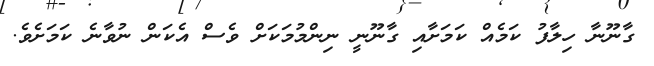
ގާނޫނާ ހިލާފު ކަމެއް ކަމަށާއި ގާނޫނީ ނިންމުމަކަށް ވެސް އެކަން ނުވާނެ ކަމަށެވެ.